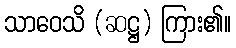
သာဝေသိ (ဆဋ္ဌ) ကြား၏။